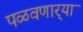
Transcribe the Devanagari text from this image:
पळवणार्‍या